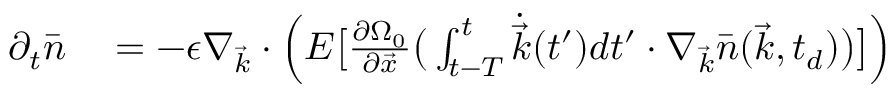
\begin{array} { r l } { \partial _ { t } \bar { n } } & { { } = - \epsilon \nabla _ { \vec { k } } \cdot \Big ( E \big [ \frac { \partial \Omega _ { 0 } } { \partial \vec { x } } \big ( \int _ { t - T } ^ { t } \dot { \vec { k } } ( t ^ { \prime } ) d t ^ { \prime } \cdot \nabla _ { \vec { k } } \bar { n } ( \vec { k } , t _ { d } ) \big ) \big ] \Big ) } \end{array}